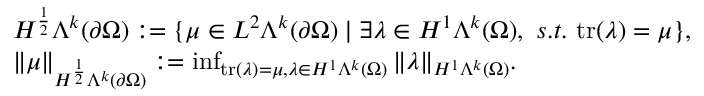
\begin{array} { r l } & { H ^ { \frac { 1 } { 2 } } \Lambda ^ { k } ( \partial \Omega ) : = \{ \mu \in L ^ { 2 } \Lambda ^ { k } ( \partial \Omega ) \mid \exists \lambda \in H ^ { 1 } \Lambda ^ { k } ( \Omega ) , \ s . t . \ \mathrm { t r } ( \lambda ) = \mu \} , } \\ & { \Vert \mu \Vert _ { H ^ { \frac { 1 } { 2 } } \Lambda ^ { k } ( \partial \Omega ) } : = \operatorname* { i n f } _ { \mathrm { t r } ( \lambda ) = \mu , \lambda \in H ^ { 1 } \Lambda ^ { k } ( \Omega ) } \Vert \lambda \Vert _ { H ^ { 1 } \Lambda ^ { k } ( \Omega ) } . } \end{array}